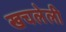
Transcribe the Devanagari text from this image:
खचलेली